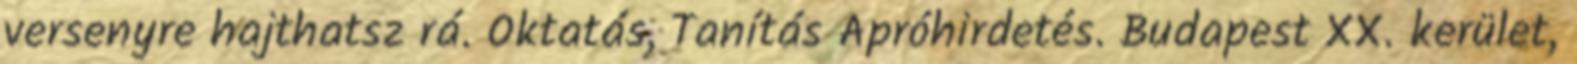
versenyre hajthatsz rá. Oktatás, Tanítás Apróhirdetés. Budapest XX. kerület,